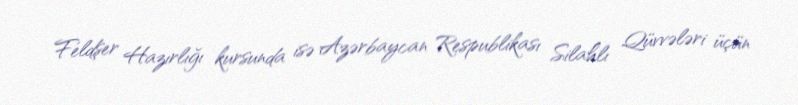
Feldşer Hazırlığı kursunda isə Azərbaycan Respublikası Silahlı Qüvvələri üçün